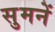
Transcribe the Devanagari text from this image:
सुमनें